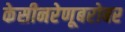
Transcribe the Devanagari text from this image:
केसीनरेणूबरोबर